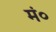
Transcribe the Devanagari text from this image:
मं०